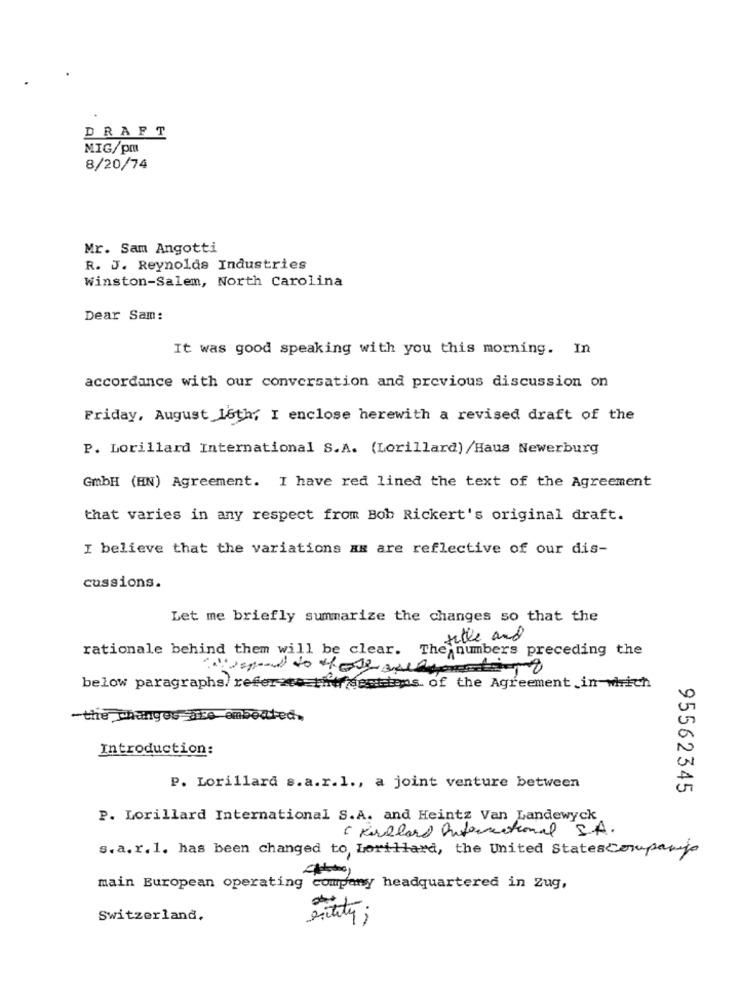
DRAFT
MIG/pm
8/20/74
Mr. Sam Angotti
R. J. Reynolds Industries
Winston-Salem, North Carolina
Dear Sam:
It was good speaking with you this morning. In
accordance with our conversation and previous discussion on
Friday, August 16th, I enclose herewith a revised draft of the
P. Lorillard International S.A. (Lorillard) /Haus Newerburg
GmbH (HN) Agreement. I have red lined the text of the Agreement
that varies in any respect from Bob Rickert's original draft.
I believe that the variations an are reflective of our dis-
cussions.
Let me briefly summarize the changes so that the
fille and
rationale behind them will be clear. The numbers preceding the
below paragraphs/ refersto the sections of the Agreement, in which
-the changes are embouted.
Introduction:
P. Lorillard s.a.r.l ., a joint venture between
95562345
P. Lorillard International S.A. and Heintz Van Landewyck
( Kirkland International S.A.
s.a.r.1. has been changed to Lorillard, the United StatesCompanys
main European operating company headquartered in Zug,
Switzerland,